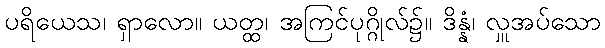
ပရိယေသ၊ ရှာလော။ ယတ္ထ၊ အကြင်ပုဂ္ဂိုလ်၌။ ဒိန္နံ၊ လှူအပ်သော